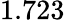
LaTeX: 1.723